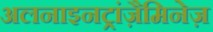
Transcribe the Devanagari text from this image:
अलनाइनट्रांज़ैमिनेज़